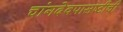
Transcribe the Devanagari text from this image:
चांगदेवपासष्टीची